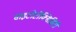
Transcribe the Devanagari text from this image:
साइटोटॉक्सिसिटी